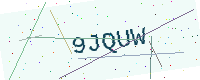
Text: 9JQUW